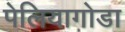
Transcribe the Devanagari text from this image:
पेलियागोडा